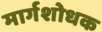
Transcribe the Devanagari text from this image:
मार्गशोधक